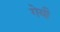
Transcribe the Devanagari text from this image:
गेयी